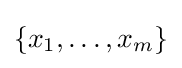
\{x_{1},\dots ,x_{m}\}